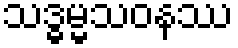
သဒ္ဓမ္မသဝနဿ